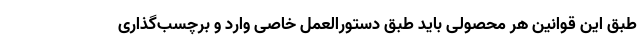
طبق این قوانین هر محصولی باید طبق دستورالعمل خاصی وارد و برچسب‌گذاری